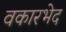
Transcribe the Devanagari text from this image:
वकारभेद